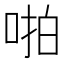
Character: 啪